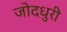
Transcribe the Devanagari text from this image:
जोदधुरी